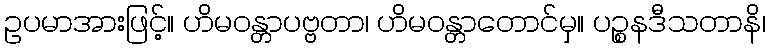
ဥပမာအားဖြင့်။ ဟိမဝန္တာပဗ္ဗတာ၊ ဟိမဝန္တာတောင်မှ။ ပဉ္စနဒီသတာနိ၊